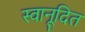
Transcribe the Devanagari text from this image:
स्वानूदित